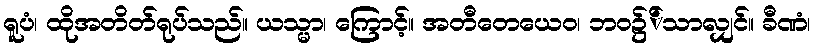
ရူပံ၊ ထိုအတိတ်ရုပ်သည်။ ယသ္မာ၊ ကြောင့်။ အတီတေယေဝ၊ ဘဝ၌်သာလျှင်။ ခီဏံ၊